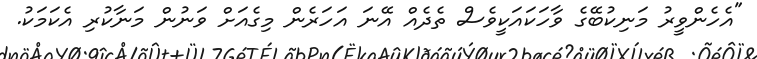
"އެހެންވީރު މަނިކުބޭގެ ވާހަކައަކީވެސް ތެދެއް އޭނަ އަހަރެން މިގެއަށް ވަނުން މަނާކުރި އެކަމަކު.